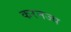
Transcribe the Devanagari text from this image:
करनज्य